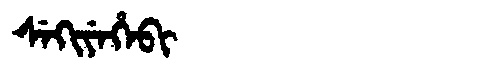
Manchu: ᠰᡝᡴᡳᠶᡝᡥᡝᠪᡳ
Romanization: SEKIYEHEBI